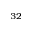
_ { 3 2 }